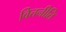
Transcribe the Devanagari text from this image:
वित्तनीति